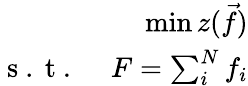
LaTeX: \begin{array}{r}{\operatorname*{min}z(\vec{f})}\\ {\mathrm{~s~.~t~.~}\ \ \ \ F=\sum_{i}^{N}f_{i}}\end{array}